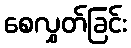
စေလွှတ်ခြင်း